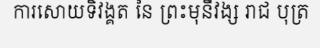
ការសោយទិវង្គត នៃ ព្រះមុនីវង្ស រាជ បុត្រ